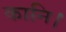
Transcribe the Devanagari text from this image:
कानि।